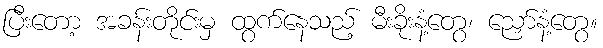
ပြီးတော့ အခန်းတိုင်းမှ ထွက်နေသည့် မီးခိုးနံ့တွေ၊ ညှော်နံ့တွေ။